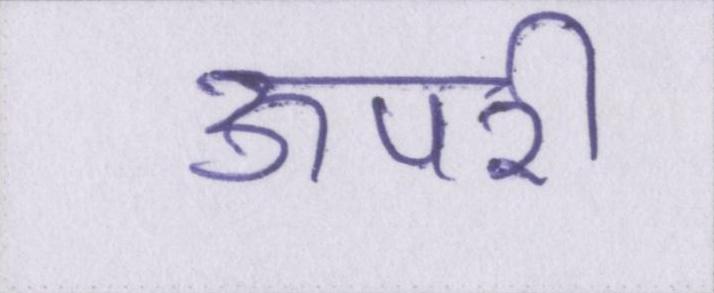
ऊपरी